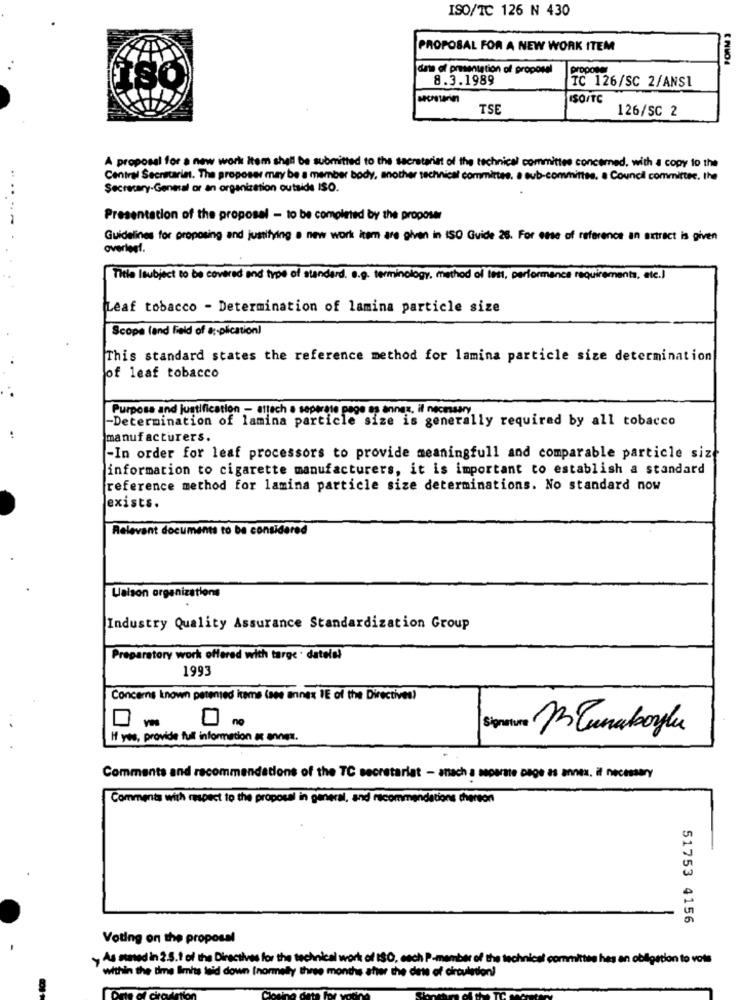
ISO/TC 126 N 430
PROPOSAL FOR A NEW WORK ITEM
date of presentation of proposal
proposer
8.3.1989
TC 126/SC 2/ANSI
ISO/TC
TSE
126/SC 2
A proposal for a new work Item shall be submitted to the secretariat of the technical committee concerned, with a copy to the
Central Secretarin. The proposer may be a member body, another technical committee. a sub-committee. a Council committee, the
....
Secretary-General or an organization outside ISO.
Presentation of the proposal - to be completed by the proposer
Guidelines for proposing and justifying a new work item are given in ISO Guide 26. For esse of reference an extract is given
overlegt.
Thele lsubject to be covered and type of standard. e.g. terminology, method of test, performance requirements, etc.)
Leaf tobacco - Determination of lamina particle size
Scopa fand field of a :- plication!
This standard states the reference method for lamina particle size determination
of leaf tobacco
Purpose and justification - attach a separate page as annes, il necessary.
-Determination of lamina particle size is generally required by all tobacco
manufacturers.
-In order for leaf processors to provide meaningfull and comparable particle size
information to cigarette manufacturers, it is important to establish a standard
reference method for lamina particle size determinations. No standard now
exists.
Relevant documents to be considered
Laison organizations
Industry Quality Assurance Standardization Group
Preparatory work offered with targe · datele?
1993
Concerns known patented items (see annex IE of the Directives?
BEunaboylu
If yes, provide full information a annex.
Comments and recommendations of the TC secretariat - anach a separate page as annex. if necessary
Comments with respect to the proposal in general, and recommend
ons cherson
51753 4156
Voting on the proposal
As stated in 2.5.1 of the Directives for the technical work of ISO, each P-member of the technical committee has an obligation to vols
within the time limits laid down (normally three months after the date of circulation!